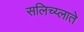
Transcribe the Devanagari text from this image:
सलिच्य्लाते